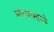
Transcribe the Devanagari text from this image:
मानव्यशास्त्रे